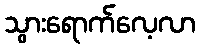
သွားရောက်လေ့လာ